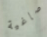
صاغية